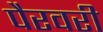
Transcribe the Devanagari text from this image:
पैरवरी